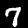
Label: 7